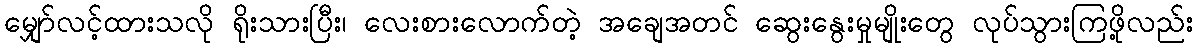
မျှော်လင့်ထားသလို ရိုးသားပြီး၊ လေးစားလောက်တဲ့ အချေအတင် ဆွေးနွေးမှုမျိုးတွေ လုပ်သွားကြဖို့လည်း